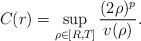
LaTeX: \begin{align*}C(r)=\sup_{\rho\in[R,T]}\frac{(2\rho)^p}{v(\rho)}.\end{align*}